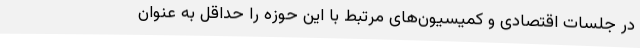
در جلسات اقتصادی و کمیسیون‌های مرتبط با این حوزه را حداقل به عنوان